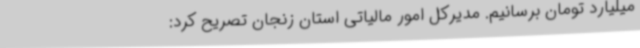
میلیارد تومان برسانیم. مدیرکل امور مالیاتی استان زنجان تصریح کرد: